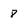
Character: 8